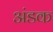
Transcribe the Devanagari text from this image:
अंडक